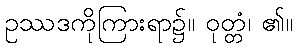
ဥဿဒကိုကြားရာ၌။ ဝုတ္တံ၊ ၏။